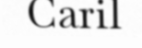
Caril